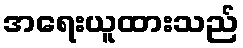
အရေးယူထားသည်